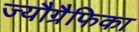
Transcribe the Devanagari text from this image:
ज्यौग्रैफिका